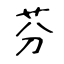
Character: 芬